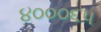
૪૦૦૦૬૫